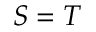
S = T